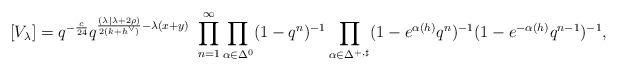
LaTeX: \begin{align*}[V_\lambda] = q^{-\frac{c}{24}} q^{\frac{(\lambda| \lambda + 2\rho) }{2(k+h^\vee)} -\lambda(x+y)}\ \prod_{n=1}^\infty \prod_{\alpha \in \Delta_{}^{0}} (1-q^{n})^{-1} \prod_{\alpha \in \Delta_{}^{+, \sharp}}(1-e^{\alpha(h)}q^{n})^{-1} (1-e^{-\alpha(h)}q^{n-1})^{-1},\end{align*}